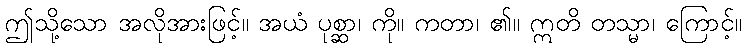
ဤသို့သော အလိုအားဖြင့်။ အယံ ပုစ္ဆာ၊ ကို။ ကတာ၊ ၏။ ဣတိ တသ္မာ၊ ကြောင့်။